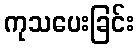
ကုသပေးခြင်း